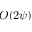
O ( 2 \psi )